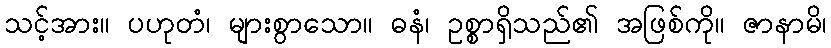
သင့်အား။ ပဟုတံ၊ များစွာသော။ ဓနံ၊ ဥစ္စာရှိသည်၏ အဖြစ်ကို။ ဇာနာမိ၊